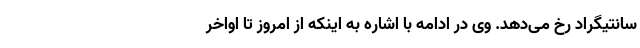
سانتیگراد رخ می‌دهد. وی در ادامه با اشاره به اینکه از امروز تا اواخر